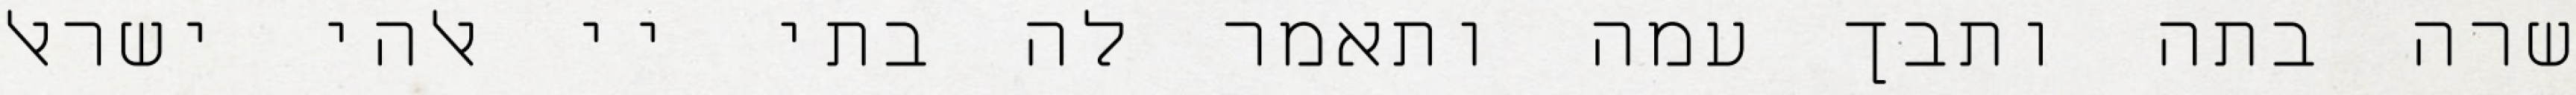
שרה בתה ותבך עמה ותאמר לה בתי יי אלהי ישראל